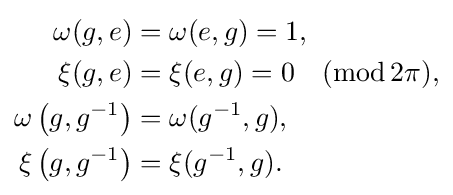
{\begin{aligned}\omega (g,e)&=\omega (e,g)=1,\\\xi (g,e)&=\xi (e,g)=0\quad (\operatorname {mod} 2\pi ),\\\omega \left(g,g^{-1}\right)&=\omega (g^{-1},g),\\\xi \left(g,g^{-1}\right)&=\xi (g^{-1},g).\\\end{aligned}}